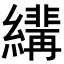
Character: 𦆷